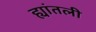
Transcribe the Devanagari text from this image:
ह्यांतली